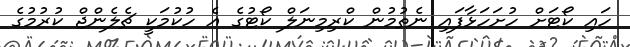
ހައި ކޯޓަށް ހުށަހަޅާފައި ނެތުމުން ކްރިމިނަލް ކޯޓުގެ އެ ހުކުމަކީ ޗެލެންޖް ކުރުމުގެ